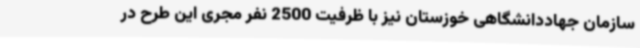
سازمان جهاددانشگاهی خوزستان نیز با ظرفیت 2500 نفر مجری این طرح در